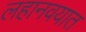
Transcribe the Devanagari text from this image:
लहानवयात